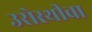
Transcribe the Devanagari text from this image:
उरोस्थीचा